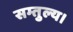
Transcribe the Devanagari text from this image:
सम्तुल्य।